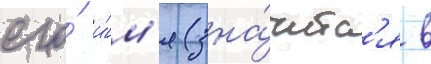
его́ и́м'я зна́читс'я в